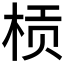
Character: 𱣚